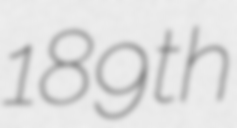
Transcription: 189th